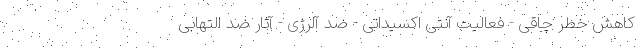
کاهش خطر چاقی - فعالیت آنتی اکسیدانی - ضد آلرژی - آثار ضد التهابی